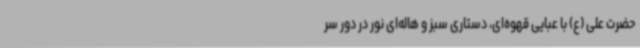
حضرت علی (ع) با عبایی قهوه‌ای، دستاری سبز و هاله‌ای نور در دور سر